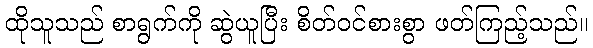
ထိုသူသည် စာရွက်ကို ဆွဲယူပြီး စိတ်ဝင်စားစွာ ဖတ်ကြည့်သည်။